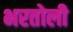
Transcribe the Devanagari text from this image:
भरतोली